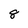
Character: 8